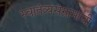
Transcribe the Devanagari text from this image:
स्वातंत्र्यसंग्रामाची